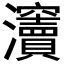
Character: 𤅋